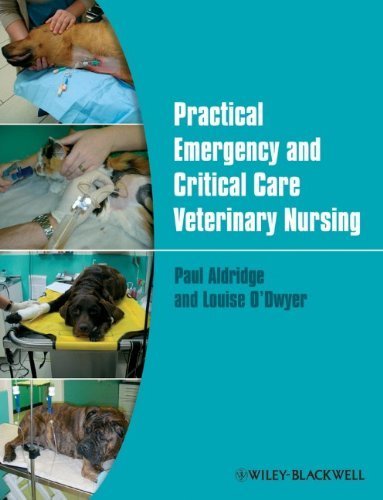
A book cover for Practical Emergency and Critical Care Veterinary Nursing by Aldridge. Paul ( 2013 ) Paperback; Medical Books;